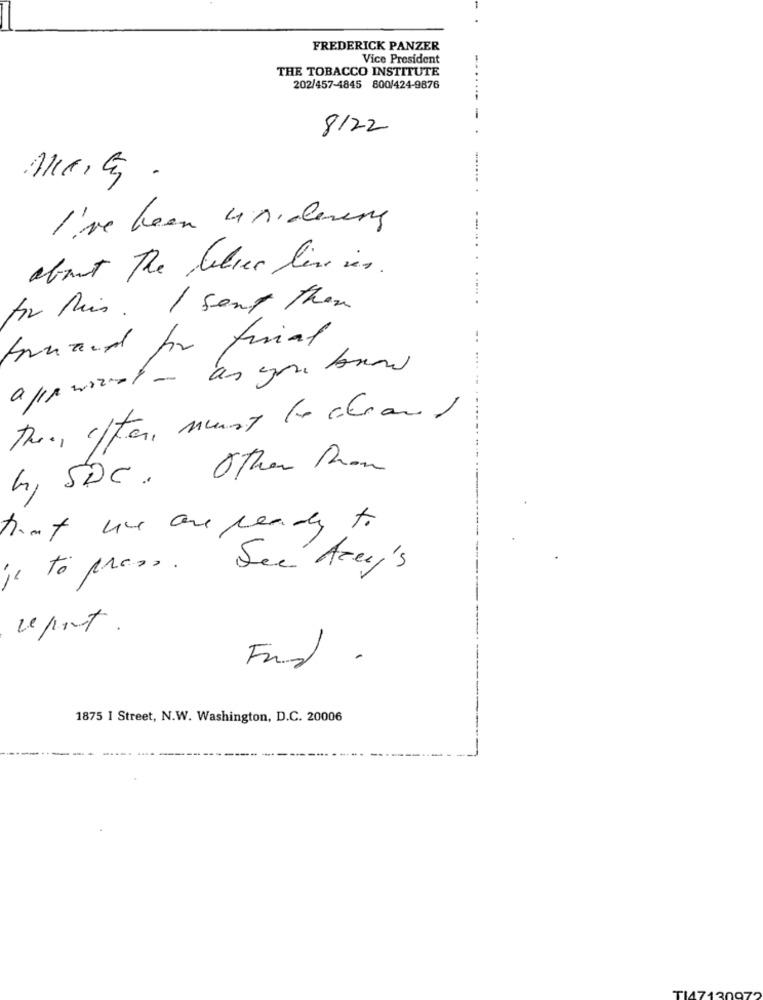
FREDERICK PANZER
Vice President
THE TOBACCO INSTITUTE
202/457-4845 800/424-9876
8122
I've been undering
about The belice liv ins .
for this . I sent them
truand for final
the, efter, must to stran)
4, SDC. Other Rom
that we are ready to
je to press.
See Acey's
upet.
Fund.
1875 1 Street, N.W. Washington, D.C. 20006
171ª